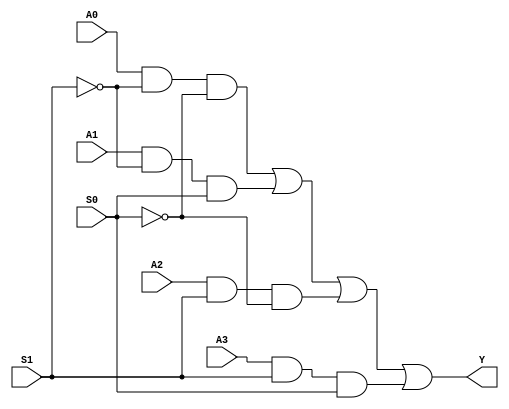
module MUX4x1(
    output Y,
    input A0,
    input A1,
    input A2,
    input A3,    
    input S0,
    input S1
    );
    
    wire s0n,s1n; //s0 not, s1 not
    wire w1,w2,w3,w4;

    not n1(s0n,S0);
    not n2(s1n,S1);
    
    and and1(w1,A0,s1n,s0n);
    and and2(w2,A1,s1n,S0);
    and and3(w3,A2,S1,s0n);
    and and4(w4,A3,S1,S0);
    
    or or1(Y,w1,w2,w3,w4);   
    
endmodule